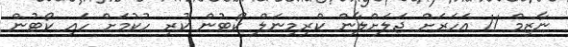
ނާޒިމް 11 އަހަރަށް ޖަލަށްލާން ކްރިމިނަލް ކޯޓުން ކުރި ހުކުމަށް ހައި ކޯޓުން